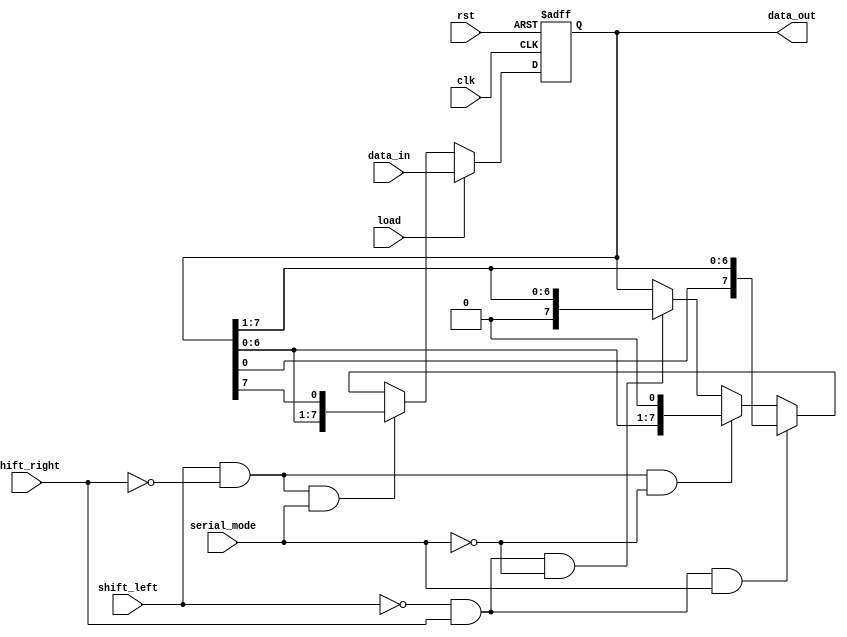
module universal_shift_register(
    input clk,
    input rst,
    input load,
    input shift_left,
    input shift_right,
    input serial_mode,
    input [7:0] data_in,
    output reg [7:0] data_out
);

reg [7:0] shift_reg;

always @(posedge clk or posedge rst) begin
    if (rst) begin
        shift_reg <= 8'b0;
    end else if (load) begin
        shift_reg <= data_in;
    end else if (shift_left && !shift_right && serial_mode) begin
        shift_reg <= {shift_reg[6:0], shift_reg[7]};
    end else if (!shift_left && shift_right && serial_mode) begin
        shift_reg <= {shift_reg[0], shift_reg[7:1]};
    end else if (shift_left && !shift_right && !serial_mode) begin
        shift_reg <= shift_reg << 1;
    end else if (!shift_left && shift_right && !serial_mode) begin
        shift_reg <= shift_reg >> 1;
    end
end

assign data_out = shift_reg;

endmodule